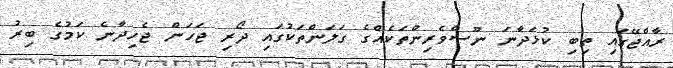
ރާއްޖޭގައި ތިބި ކުޅަދާނަ ނޫސްވެރިންތަކެއްގެ ގަލަންތަކުގައި ދޯރި ޖަހަން ޖެހިދާނެ ކަމުގެ ބިރު